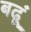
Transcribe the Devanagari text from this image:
बढ़ूं